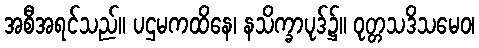
အစီအရင်သည်။ ပဌမကထိနေ၊ နသိက္ခာပုဒ်၌။ ဝုတ္တသဒိသမေဝ၊